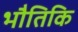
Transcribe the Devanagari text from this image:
भौतिकि